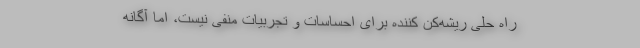
راه حلی ریشه‌کن کننده برای احساسات و تجربیات منفی نیست، اما آگانه